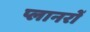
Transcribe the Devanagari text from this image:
प्लानरों